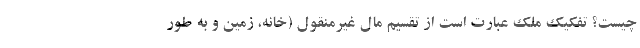
چیست؟ تفکیک ملک عبارت است از تقسیم مال غیرمنقول (خانه، زمین و به طور